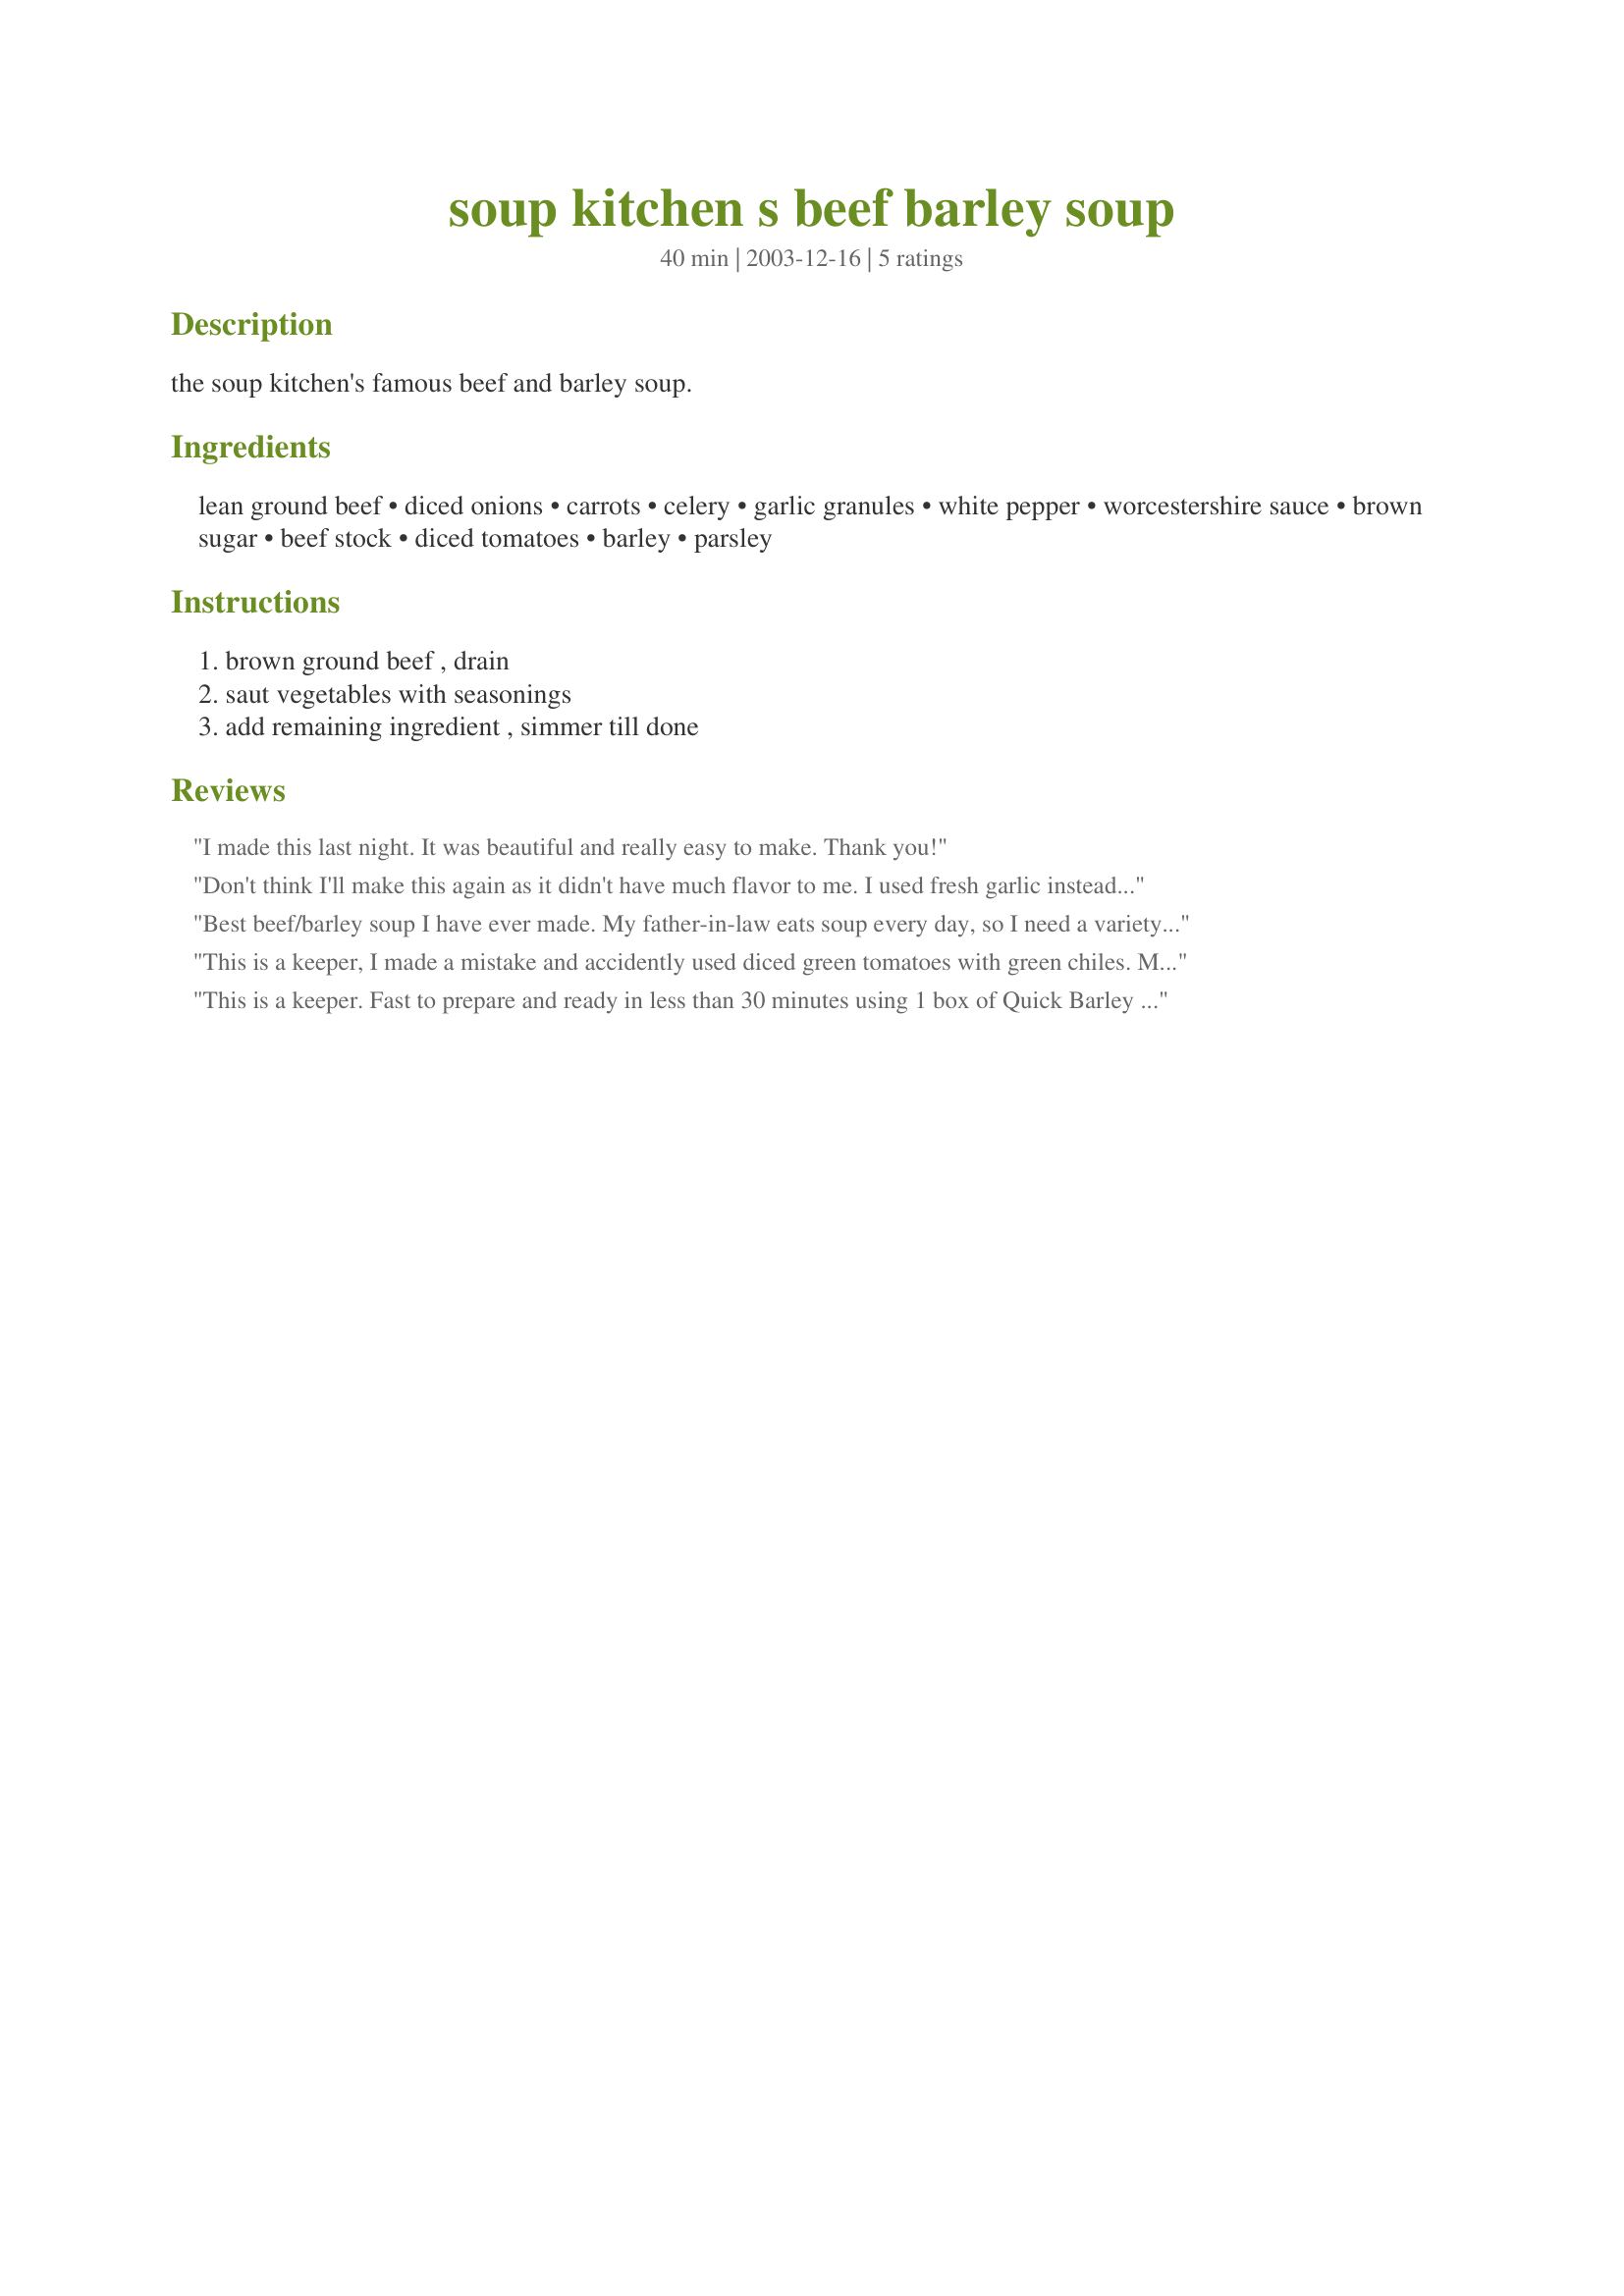
soup kitchen s beef barley soup
Preparation time: 40 minutes

the soup kitchen's famous beef and barley soup.

Ingredients:
lean ground beef, diced onions, carrots, celery, garlic granules, white pepper, worcestershire sauce, brown sugar, beef stock, diced tomatoes, barley, parsley

Steps:
brown ground beef , drain, saut vegetables with seasonings, add remaining ingredient , simmer till done

Reviews:
I made this last night. It was beautiful and really easy to make. Thank you!
Don't think I'll make this again as it didn't have much flavor to me. I used fresh garlic instead of "granules" but didn't think that would make much difference.
Best beef/barley soup I have ever made. My father-in-law eats soup every day, so I need a variety for him. He also gives 5 stars. I usually do not like beef soups - seem to have a kind of bitter after taste to me. Brown sugar-that's the secret to a mellow beef soup. We will have it for dinner + grilled cheese sandwiches because the whole family loves it! Thanks!!
This is a keeper, I made a mistake and accidently used diced green tomatoes with green chiles. Mine was quite the spiced soup. My family loved it. Will retry without the chiles.
This is a keeper. Fast to prepare and ready in less than 30 minutes using 1 box of Quick Barley (11 ounces) that cooks up in 10 minutes. I used diced tomatoes this time but when I fix it again I'll use the puree. Thanks for this hardy, thick and delicious recipe. I have several other of your recipes in my cookbook that I need to try.
